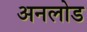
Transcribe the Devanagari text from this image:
अनलोड